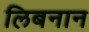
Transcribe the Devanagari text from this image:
लिबनान